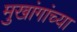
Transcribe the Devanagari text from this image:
मुखांगांच्या